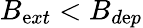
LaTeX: B_{\mathrm{e}xt}<B_{d\mathrm{e}p}